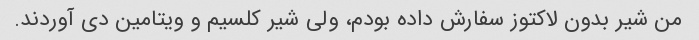
من شیر بدون لاکتوز سفارش داده بودم، ولی شیر کلسیم و ویتامین دی آوردند.